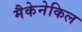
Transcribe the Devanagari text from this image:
मैकेनेकिल